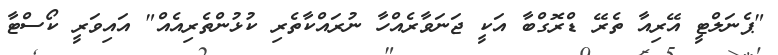
"ޕެނަލްޓީ އޭރިއާ ތެރޭ ޑްރޮގްބާ އަކީ ޖަނަވާރެއްހާ ނުރައްކާތެރި ކުޅުންތެރިއެއް" އައިވަރީ ކޯސްޓާ